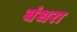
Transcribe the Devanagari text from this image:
बंधरा